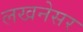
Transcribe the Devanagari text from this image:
लखनेसर